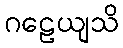
ဂဠေယျသိ